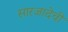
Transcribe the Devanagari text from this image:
सारजादेवी